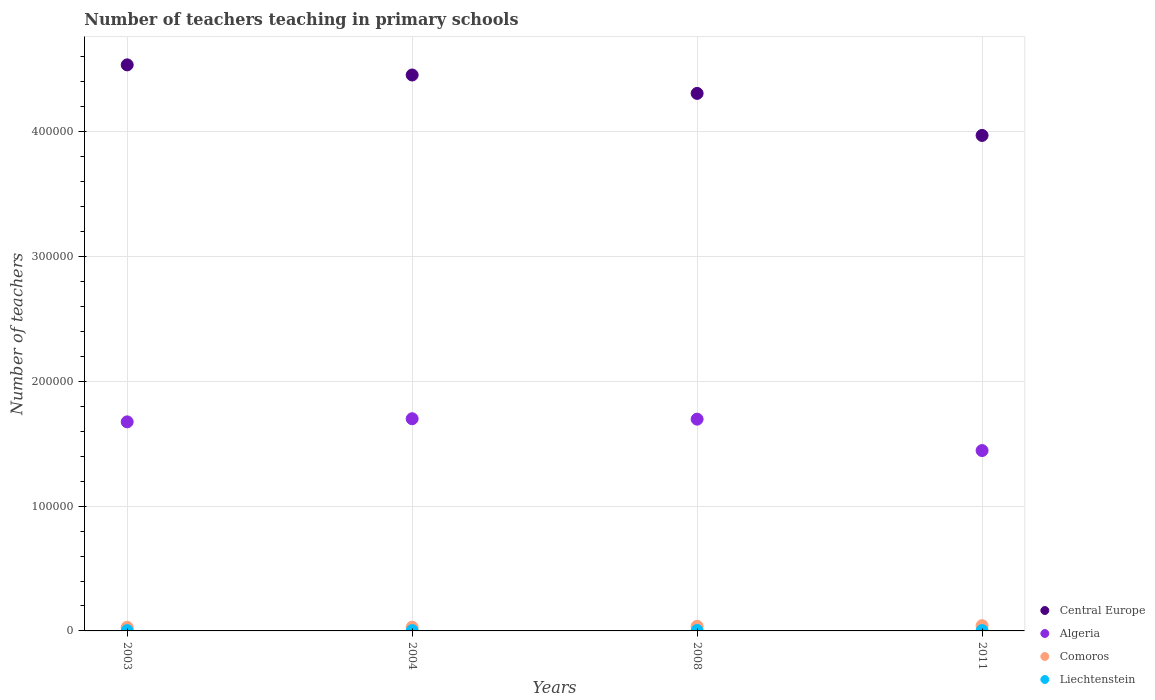
| Years | Central Europe | Algeria | Comoros | Liechtenstein |
 | --- | --- | --- | --- | --- |
 | 2003 | 4.54e+05 | 1.68e+05 | 2.91e+03 | 242 |
 | 2004 | 4.45e+05 | 1.7e+05 | 2.97e+03 | 260 |
 | 2008 | 4.31e+05 | 1.7e+05 | 3.68e+03 | 332 |
 | 2011 | 3.97e+05 | 1.45e+05 | 4.2e+03 | 257 |